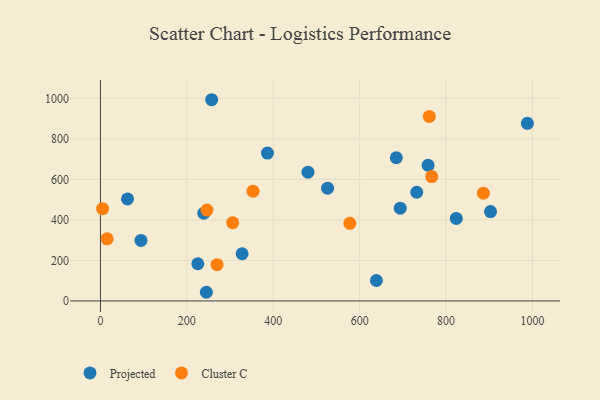
{"axis": {"x": "Ad Spend", "y": "Profit"}, "legend": ["Cluster C", "Projected"], "data": [{"x": "638.8", "y": 100.7, "type": "Projected"}, {"x": "386.5", "y": 729.7, "type": "Projected"}, {"x": "758.3", "y": 669.7, "type": "Projected"}, {"x": "525.7", "y": 556.3, "type": "Projected"}, {"x": "257.4", "y": 993.0, "type": "Projected"}, {"x": "684.8", "y": 706.7, "type": "Projected"}, {"x": "823.7", "y": 407.3, "type": "Projected"}, {"x": "62.6", "y": 503.6, "type": "Projected"}, {"x": "902.9", "y": 440.9, "type": "Projected"}, {"x": "988.2", "y": 876.5, "type": "Projected"}, {"x": "93.8", "y": 298.7, "type": "Projected"}, {"x": "225.3", "y": 183.6, "type": "Projected"}, {"x": "693.9", "y": 458.0, "type": "Projected"}, {"x": "327.9", "y": 232.8, "type": "Projected"}, {"x": "480.3", "y": 635.6, "type": "Projected"}, {"x": "732.1", "y": 536.4, "type": "Projected"}, {"x": "245.1", "y": 42.7, "type": "Projected"}, {"x": "239.3", "y": 433.3, "type": "Projected"}, {"x": "269.9", "y": 179.0, "type": "Cluster C"}, {"x": "761.2", "y": 910.4, "type": "Cluster C"}, {"x": "577.2", "y": 382.8, "type": "Cluster C"}, {"x": "886.4", "y": 532.0, "type": "Cluster C"}, {"x": "246.4", "y": 448.4, "type": "Cluster C"}, {"x": "15.4", "y": 306.4, "type": "Cluster C"}, {"x": "766.8", "y": 613.6, "type": "Cluster C"}, {"x": "353.2", "y": 541.5, "type": "Cluster C"}, {"x": "5.0", "y": 455.4, "type": "Cluster C"}, {"x": "306.1", "y": 386.2, "type": "Cluster C"}]}